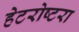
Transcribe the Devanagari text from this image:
हेटरोष्टरा